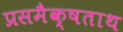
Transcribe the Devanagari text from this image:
प्रसमैक्षताथ